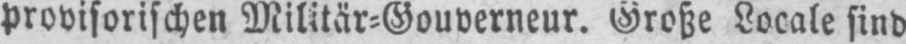
provisorischen Militär⸗Gouverneur. Große Locale sind